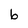
Character: b